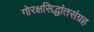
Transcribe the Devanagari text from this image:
गोरक्षसिद्धांतसंग्रह